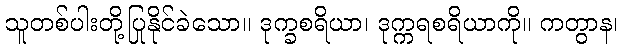
သူတစ်ပါးတို့ပြုနိုင်ခဲသော။ ဒုက္ခစရိယာ၊ ဒုက္ကရစရိယာကို။ ကတွာန၊